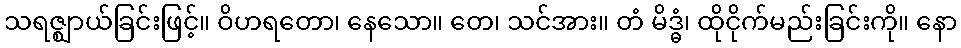
သရဇ္ဈာယ်ခြင်းဖြင့်။ ဝိဟရတော၊ နေသော။ တေ၊ သင်အား။ တံ မိဒ္ဓံ၊ ထိုငိုက်မည်းခြင်းကို။ နော